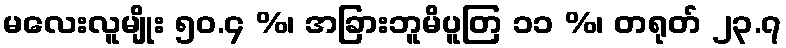
မလေးလူမျိုး ၅၀.၄ %၊ အခြားဘူမိပူတြ ၁၁ %၊ တရုတ် ၂၃.၇